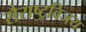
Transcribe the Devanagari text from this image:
सैराष्ट्रविजय